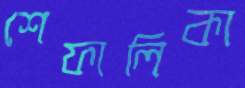
শেফালিকা